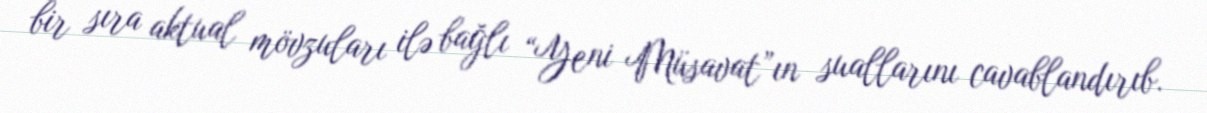
bir sıra aktual mövzuları ilə bağlı “Yeni Müsavat”ın suallarını cavablandırıb.